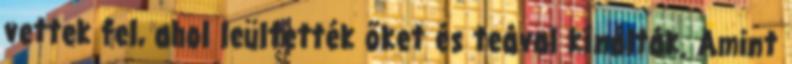
vettek fel, ahol leültették őket és teával kínálták. Amint